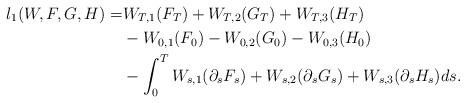
LaTeX: \begin{align*}l_1(W,F,G,H)=&W_{T,1}(F_T)+W_{T,2}(G_T)+W_{T,3}(H_T)\\&-W_{0,1}(F_0)-W_{0,2}(G_0)-W_{0,3}(H_0)\\&-\int_0^TW_{s,1}(\partial_sF_s)+W_{s,2}(\partial_sG_s)+W_{s,3}(\partial_sH_s)ds.\end{align*}